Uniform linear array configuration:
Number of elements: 32
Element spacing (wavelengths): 0.75
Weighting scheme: cosine
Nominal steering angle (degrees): -45
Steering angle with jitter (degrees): -45.303
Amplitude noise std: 0.05
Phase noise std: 0.05

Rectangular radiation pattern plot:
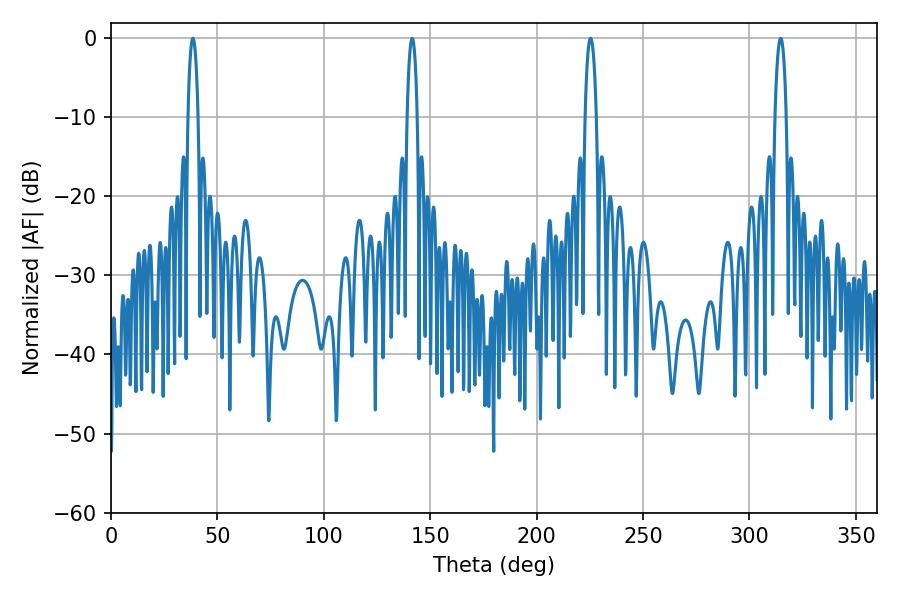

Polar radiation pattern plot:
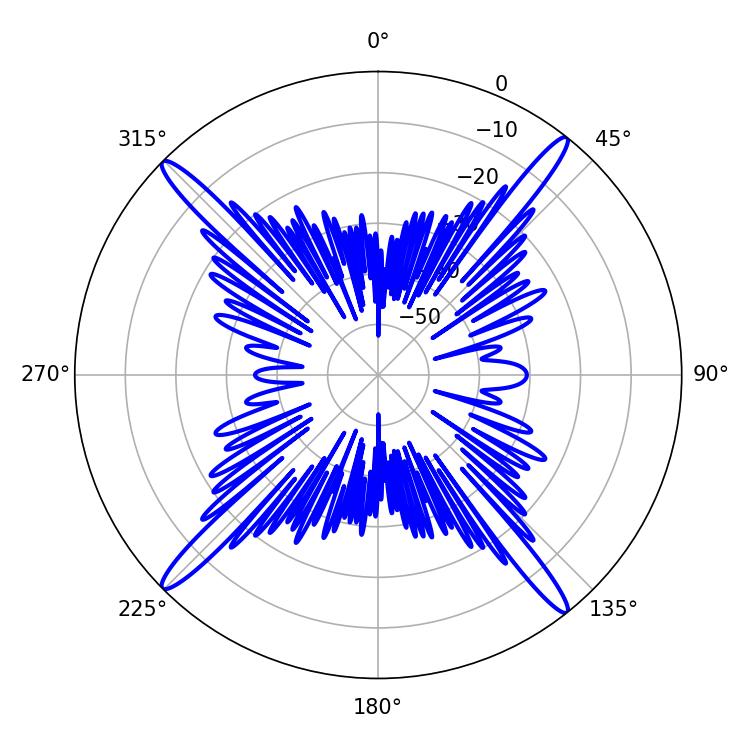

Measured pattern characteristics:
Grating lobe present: TRUE
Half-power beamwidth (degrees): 2.88
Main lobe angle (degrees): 225.36